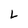
Character: L